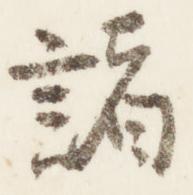
諸